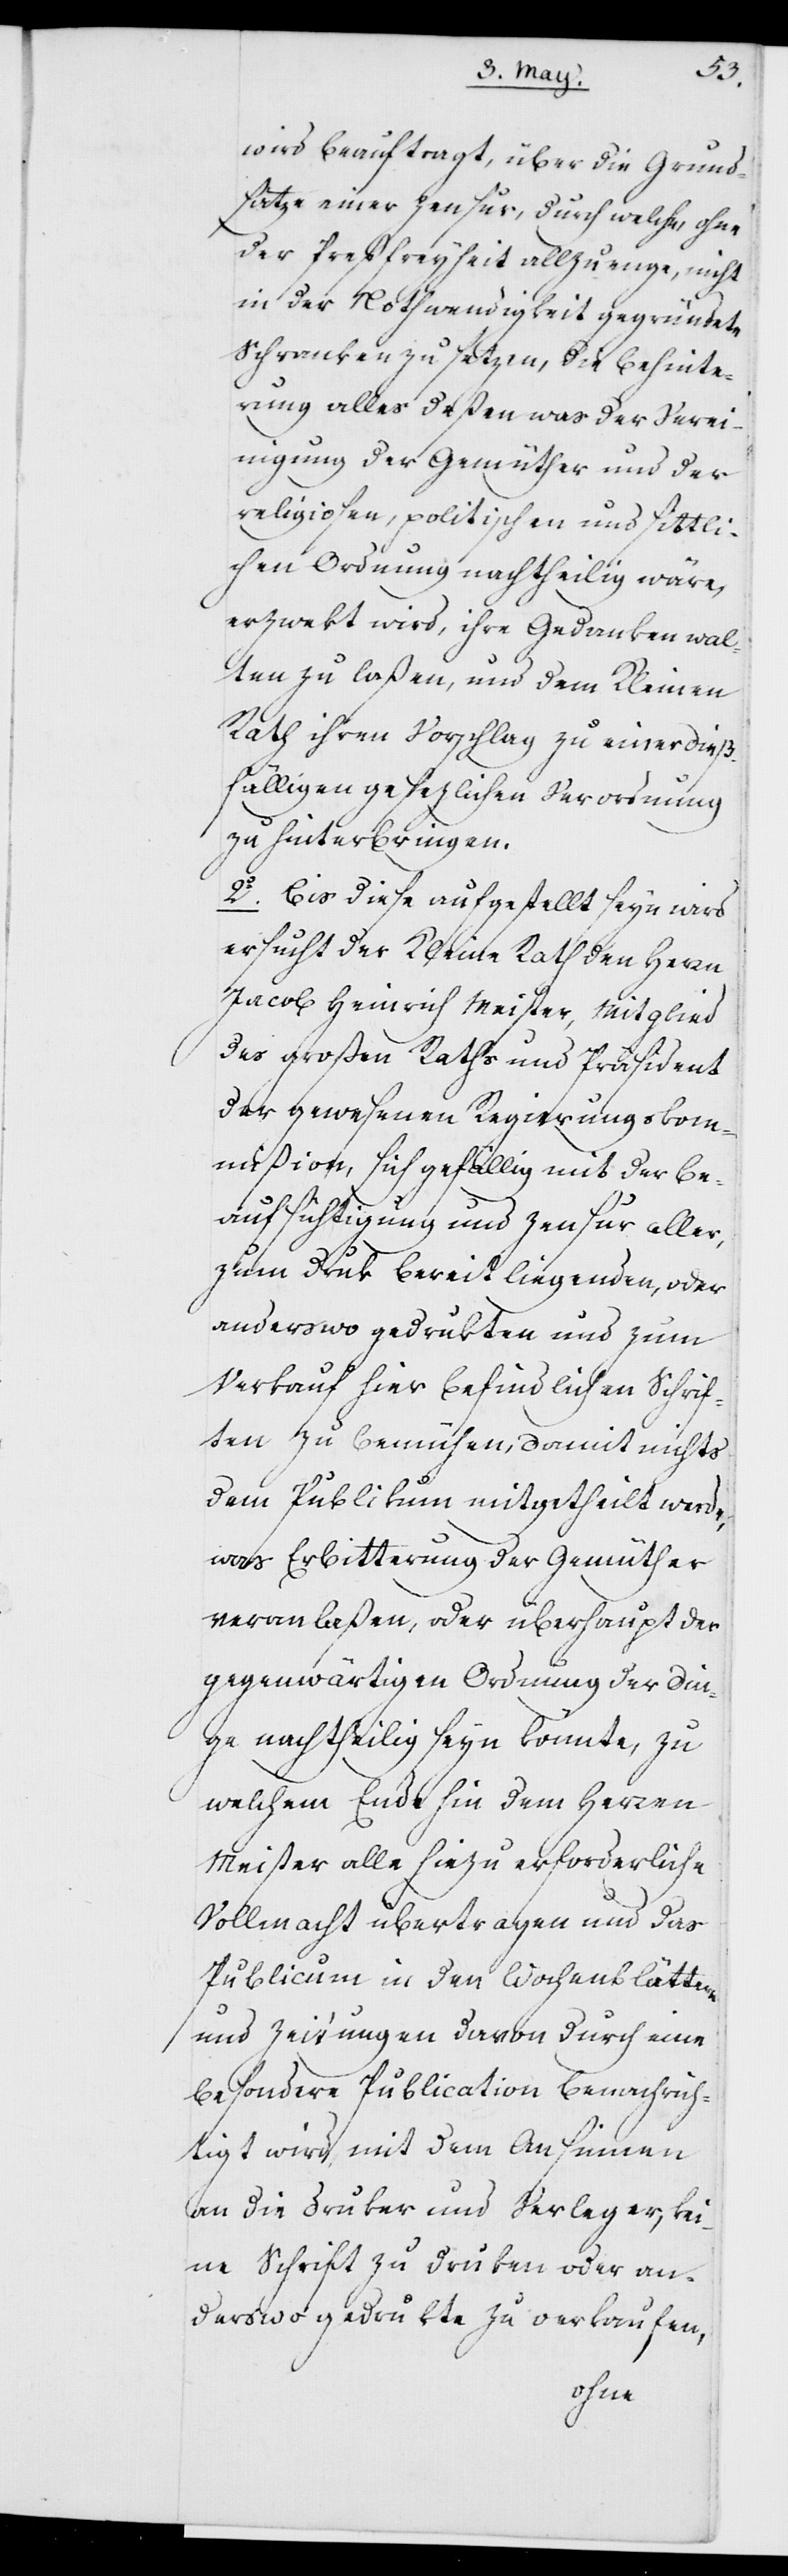
wird beauftragt, über die Grund¬
sätze einer Zensur, durch welche ohne
der Preßfreyheit allzu enge, nicht
in der Nothwendigkeit gegründete
Schrauben zu setzen, die Behinde¬
rung alles deßen, was der Verei¬
nigung der Gemüther und der
religiosen, politischen und sittli¬
chen Ordnung nachtheilig wäre,
erzwekt wird, ihre Gedanken wal¬
ten zu laßen, und dem Kleinen
Rath ihren Vorschlag zu einer dieß¬
fälligen gesezlichen Verordnung
zu hinterbringen.
2. Bis diese aufgestellt seyn wird,
ersucht der Kleine Rath den Herrn
Jacob Heinrich Meister, Mitglied
des Großen Raths und Präsident
der gewesenen Regierungskom¬
mißion, sich gefällig mit der Be¬
aufsichtigung und Zensur aller,
zum Druk bereitliegenden, oder
anderswo gedrukten und zum
Verkauf hier befindlichen Schrif¬
ten zu bemühen, damit nichts
dem Publikum mitgetheilt werde,
was Erbitterung der Gemüther
veranlaßen, oder überhaupt der
gegenwärtigen Ordnung der Din¬
ge nachtheilig seyn könnte, zu
welchem Ende hin dem Herren
Meister alle hiezu erforderliche
Vollmacht übertragen und das
Publicum in den Wochenblättern
und Zeitungen davon durch eine
besondere Publication benachrich¬
tigt wird, mit dem Ansinnen
an die Druker und Verleger, kei¬
ne Schrift zu druken oder an¬
derswo gedrukte zu verkaufen,